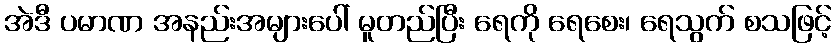
အဲဒီ ပမာဏ အနည်းအများပေါ် မူတည်ပြီး ရေကို ရေစေး၊ ရေသွက် စသဖြင့်